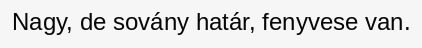
Nagy, de sovány határ, fenyvese van.